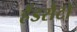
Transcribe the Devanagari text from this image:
हैंडसैटो